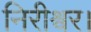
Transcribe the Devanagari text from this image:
निरीश्वर।